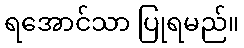
ရအောင်သာ ပြုရမည်။